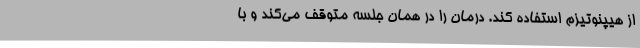
از هیپنوتیزم استفاده کند. درمان را در همان جلسه متوقف می‌کند و با